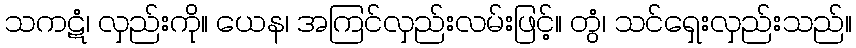
သကဋံ၊ လှည်းကို။ ယေန၊ အကြင်လှည်းလမ်းဖြင့်။ တွံ၊ သင်ရှေးလှည်းသည်။